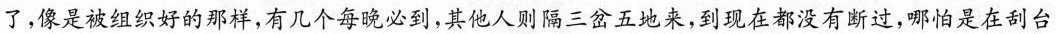
了，像是被组织好的那样，有凡个每晚必到，其他人则隔三岔五地来，到现在都没有断过，哪怕是在刮台